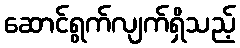
ဆောင်ရွက်လျက်ရှိသည့်